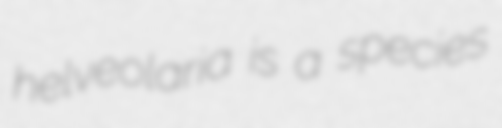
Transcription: helveolaria is a species